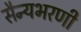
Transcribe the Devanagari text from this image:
सैन्यभरणी